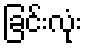
ခြင်းလုံး